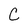
Character: C